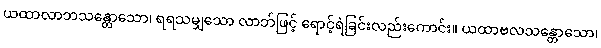
ယထာလာဘသန္တောသော၊ ရရသမျှသော လာဘ်ဖြင့် ရောင့်ရဲခြင်းလည်းကောင်း။ ယထာဗလသန္တောသော၊